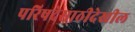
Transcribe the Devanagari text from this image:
परिषदेसाठीदेखील